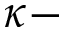
\kappa -